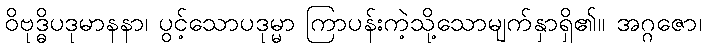
ဝိဗုဒ္ဓိပဒုမာနနာ၊ ပွင့်သောပဒုမ္မာ ကြာပန်းကဲ့သို့သောမျက်နှာရှိ၏။ အဂ္ဂဇော၊